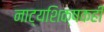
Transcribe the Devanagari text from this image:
नाट्यशिक्षकही